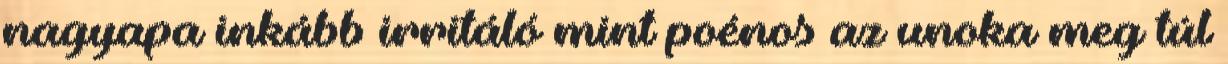
nagyapa inkább irritáló mint poénos az unoka meg túl